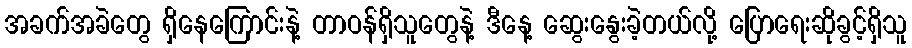
အခက်အခဲတွေ ရှိနေကြောင်းနဲ့ တာဝန်ရှိသူတွေနဲ့ ဒီနေ့ ဆွေးနွေးခဲ့တယ်လို့ ပြောရေးဆိုခွင့်ရှိသူ